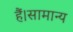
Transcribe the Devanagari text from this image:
हैं।सामान्य